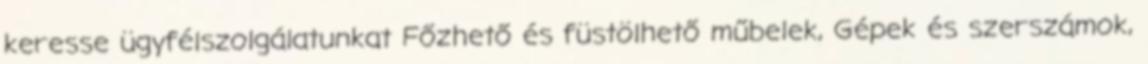
keresse ügyfélszolgálatunkat Főzhető és füstölhető műbelek, Gépek és szerszámok,